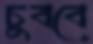
চুববে